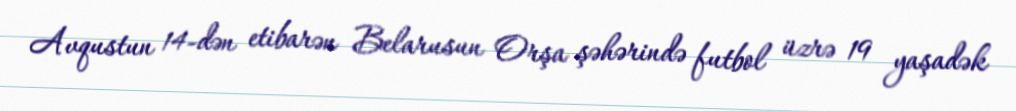
Avqustun 14-dən etibarən Belarusun Orşa şəhərində futbol üzrə 19 yaşadək